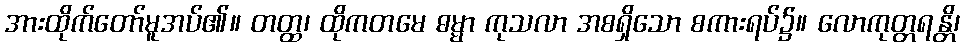
အားထိုက်တော်မူအပ်၏။ တတ္ထ၊ ထိုကတမေ ဓမ္မာ ကုသလာ အစရှိသော စကားရပ်၌။ လောကုတ္တရန္တိ၊